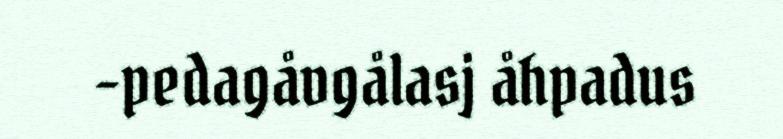
-pedagåvgålasj åhpadus